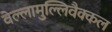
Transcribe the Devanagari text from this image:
वेल्लामुल्लिवैक्कल